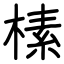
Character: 榡